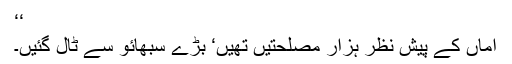
‘‘
اماں کے پیشِ نظر ہزار مصلحتیں تھیں‘ بڑے سبھائو سے ٹال گئیں۔